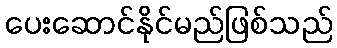
ပေးဆောင်နိုင်မည်ဖြစ်သည်